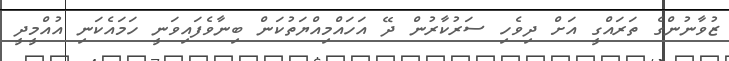
ޒުވާނުންގެ ތަރައްގީ އަށް ދިވެހި ސަރުކާރުން ދޭ އަހައްމިއްޔަތުކަން ބިނާވެފައިވަނީ ހަމައެކަނި އުއްމީދީ